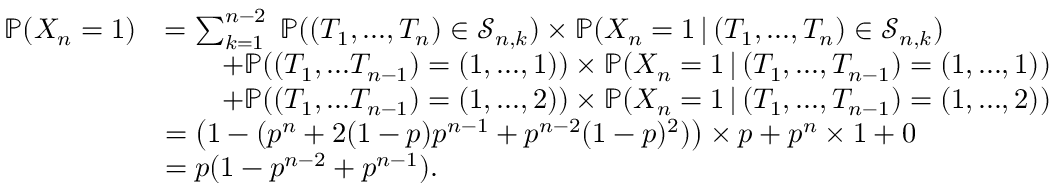
\begin{array} { r l } { \mathbb { P } ( X _ { n } = 1 ) } & { = \sum _ { k = 1 } ^ { n - 2 } \; \mathbb { P } ( ( T _ { 1 } , . . . , T _ { n } ) \in \mathcal { S } _ { n , k } ) \times \mathbb { P } ( X _ { n } = 1 \, | \, ( T _ { 1 } , . . . , T _ { n } ) \in \mathcal { S } _ { n , k } ) } \\ & { \qquad + \mathbb { P } ( ( T _ { 1 } , . . . T _ { n - 1 } ) = ( 1 , . . . , 1 ) ) \times \mathbb { P } ( X _ { n } = 1 \, | \, ( T _ { 1 } , . . . , T _ { n - 1 } ) = ( 1 , . . . , 1 ) ) } \\ & { \qquad + \mathbb { P } ( ( T _ { 1 } , . . . T _ { n - 1 } ) = ( 1 , . . . , 2 ) ) \times \mathbb { P } ( X _ { n } = 1 \, | \, ( T _ { 1 } , . . . , T _ { n - 1 } ) = ( 1 , . . . , 2 ) ) } \\ & { = \big ( 1 - ( p ^ { n } + 2 ( 1 - p ) p ^ { n - 1 } + p ^ { n - 2 } ( 1 - p ) ^ { 2 } ) \big ) \times p + p ^ { n } \times 1 + 0 } \\ & { = p ( 1 - p ^ { n - 2 } + p ^ { n - 1 } ) . } \end{array}